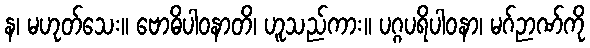
န၊ မဟုတ်သေး။ ဗောဓိပါဝနာတိ၊ ဟူသည်ကား။ ပဂ္ဂပရိပါဝနာ၊ မဂ်ဉာဏ်ကို